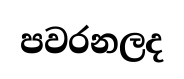
පවරනලද